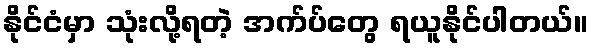
နိုင်ငံမှာ သုံးလို့ရတဲ့ အက်ပ်တွေ ရယူနိုင်ပါတယ်။